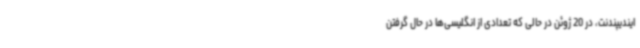
ایندیپندنت، در 20 ژوئن در حالی که تعدادی از انگلیسی‌ها در حال گرفتن